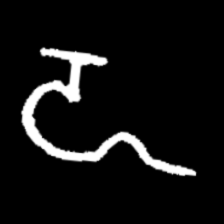
Pyu character \u2014 Myanmar letter: ဍ (romanized: dda)